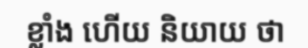
ខ្លាំង ហើយ និយាយ ថា